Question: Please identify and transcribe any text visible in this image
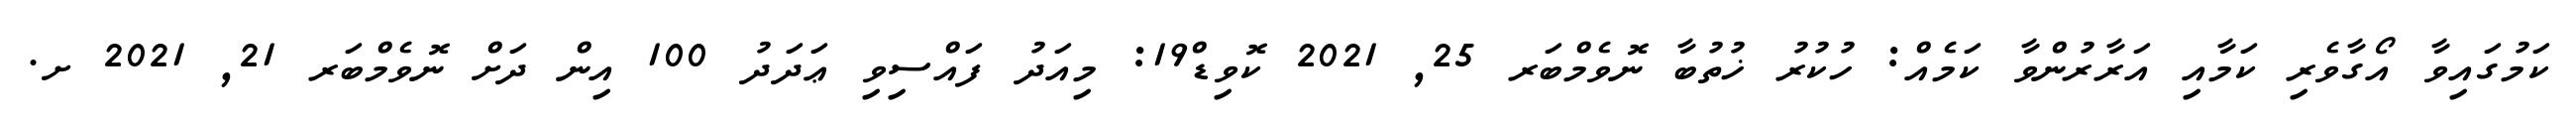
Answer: ކަމުގައިވާ އޯގާވެރި ކަމާއި އަރާރުންވާ ކަމެއް: ހުކުރު ޚުތުބާ ނޮވެމްބަރ 25, 2021 ކޮވިޑް19: މިއަދު ފައްސިވި ޢަދަދު 100 އިން ދަށް ނޮވެމްބަރ 21, 2021 ށ.